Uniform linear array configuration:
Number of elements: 4
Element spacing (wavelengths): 0.5
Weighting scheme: cosine
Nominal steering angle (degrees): -45
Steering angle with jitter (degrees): -44.453
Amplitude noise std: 0.05
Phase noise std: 0.05

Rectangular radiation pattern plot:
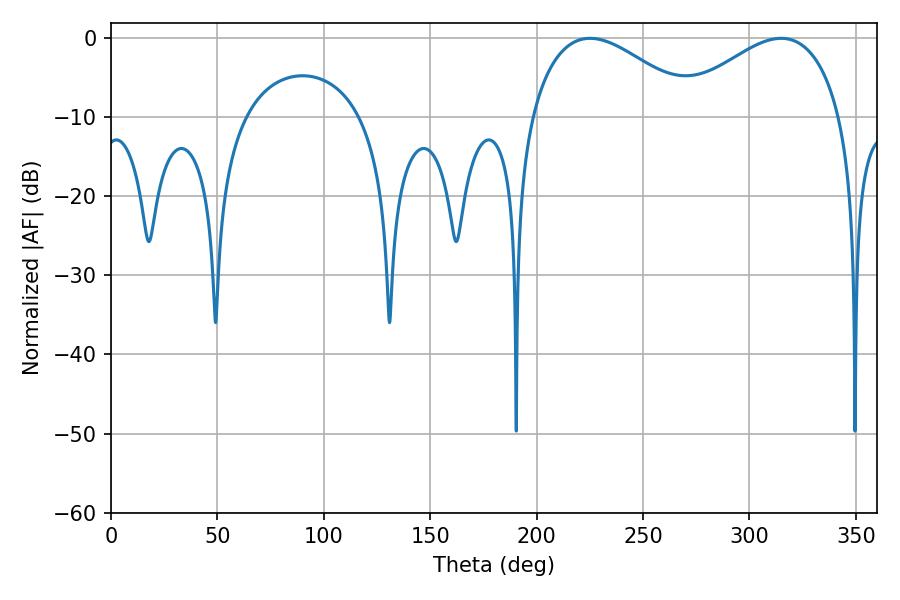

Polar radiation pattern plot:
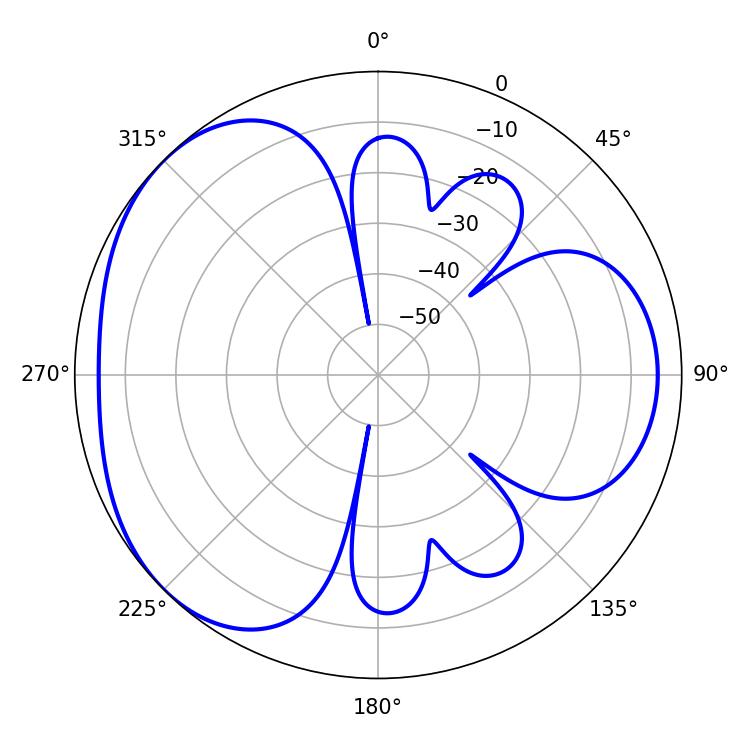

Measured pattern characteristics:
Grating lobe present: FALSE
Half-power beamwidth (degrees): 42.66
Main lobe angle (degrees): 225.18